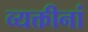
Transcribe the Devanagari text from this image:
व्यक्तीनां